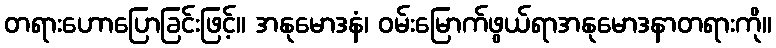
တရားဟောပြောခြင်းဖြင့်။ အနုမောဒနံ၊ ဝမ်းမြောက်ဖွယ်ရာအနုမောဒနာတရားကို။